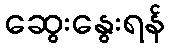
ဆွေးနွေးရန်